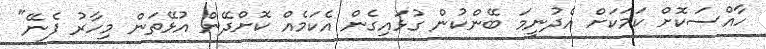
ހާއްސަކޮށް ކަމަކަށް އެދުނީމަ ބޭންކުން ގުޅައިގެން އެކަމެއް ކޮށްދޭން އުޅޭތަން މިހާރު ފެނޭ"